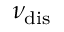
\nu _ { \mathrm { d i s } }